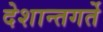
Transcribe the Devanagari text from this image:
देशान्तगर्ते